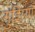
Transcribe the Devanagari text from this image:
गुझियाँ